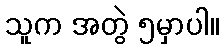
သူက အတွဲ ၅မှာပါ။